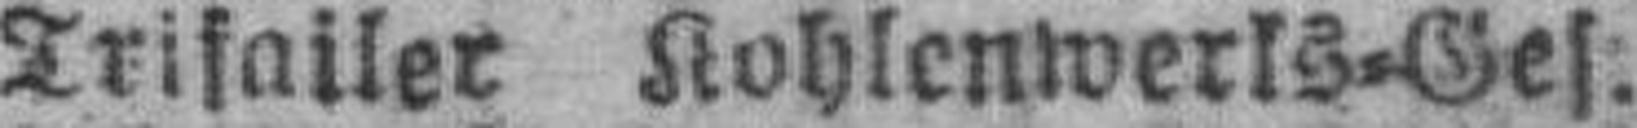
Trifailer Kohlenwerks=Ges.